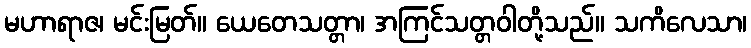
မဟာရာဇ၊ မင်းမြတ်။ ယေတေသတ္တာ၊ အကြင်သတ္တဝါတို့သည်။ သကိလေသာ၊